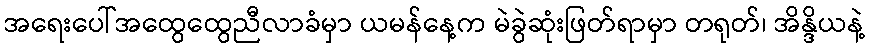
အရေးပေါ်အထွေထွေညီလာခံမှာ ယမန်နေ့က မဲခွဲဆုံးဖြတ်ရာမှာ တရုတ်၊ အိန္ဒိယနဲ့